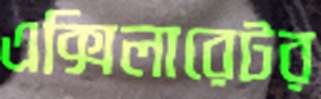
এক্সিলারেটর